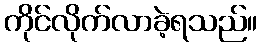
ကိုင်လိုက်လာခဲ့ရသည်။